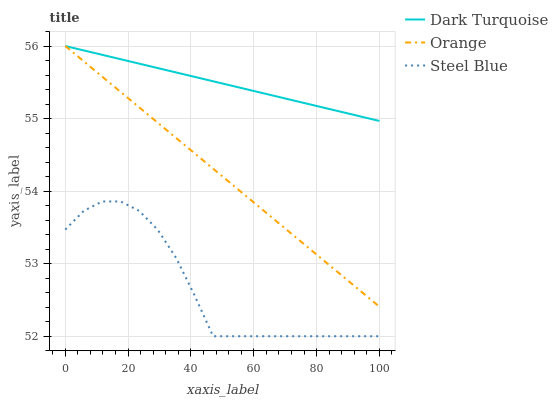
| xaxis_label | Dark Turquoise | Orange | Steel Blue |
 | --- | --- | --- | --- |
 | 0 | 56 | 56 | 53.5 |
 | 5.88 | 55.9 | 55.8 | 53.7 |
 | 11.8 | 55.9 | 55.6 | 53.9 |
 | 17.6 | 55.8 | 55.4 | 53.9 |
 | 23.5 | 55.8 | 55.2 | 53.7 |
 | 29.4 | 55.7 | 54.9 | 53.5 |
 | 35.3 | 55.6 | 54.7 | 53.1 |
 | 41.2 | 55.6 | 54.5 | 52.6 |
 | 47.1 | 55.5 | 54.3 | 52 |
 | 52.9 | 55.5 | 54.1 | 52 |
 | 58.8 | 55.4 | 53.9 | 52 |
 | 64.7 | 55.3 | 53.7 | 52 |
 | 70.6 | 55.3 | 53.5 | 52 |
 | 76.5 | 55.2 | 53.3 | 52 |
 | 82.4 | 55.1 | 53 | 52 |
 | 88.2 | 55.1 | 52.8 | 52 |
 | 94.1 | 55 | 52.6 | 52 |
 | 100 | 55 | 52.4 | 52 |